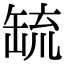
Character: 𦈷